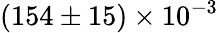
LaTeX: (154\pm 15)\times 10^{-3}